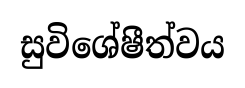
සුවිශේෂීත්වය